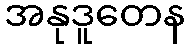
အနုဒူတေန